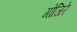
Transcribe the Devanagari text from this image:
गोजिरे